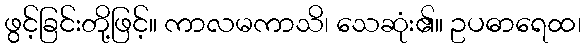
ဖွင့်ခြင်းတို့ဖြင့်။ ကာလမကာသိ၊ သေဆုံး၏။ ဥပဓာရေထ၊